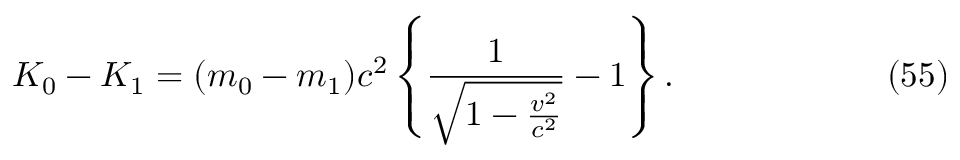
K _ { 0 } - K _ { 1 } = ( m _ { 0 } - m _ { 1 } ) c ^ { 2 } \left\{ \frac { 1 } { \sqrt { 1 - \frac { v ^ { 2 } } { c ^ { 2 } } } } - 1 \right\} . \eqno ( 5 5 )